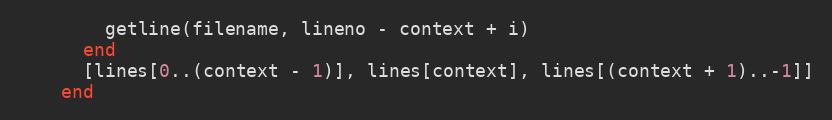
Language: Ruby
        getline(filename, lineno - context + i)
      end
      [lines[0..(context - 1)], lines[context], lines[(context + 1)..-1]]
    end